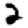
Digit: 2